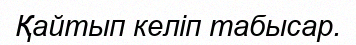
Қайтып келіп табысар.